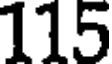
115